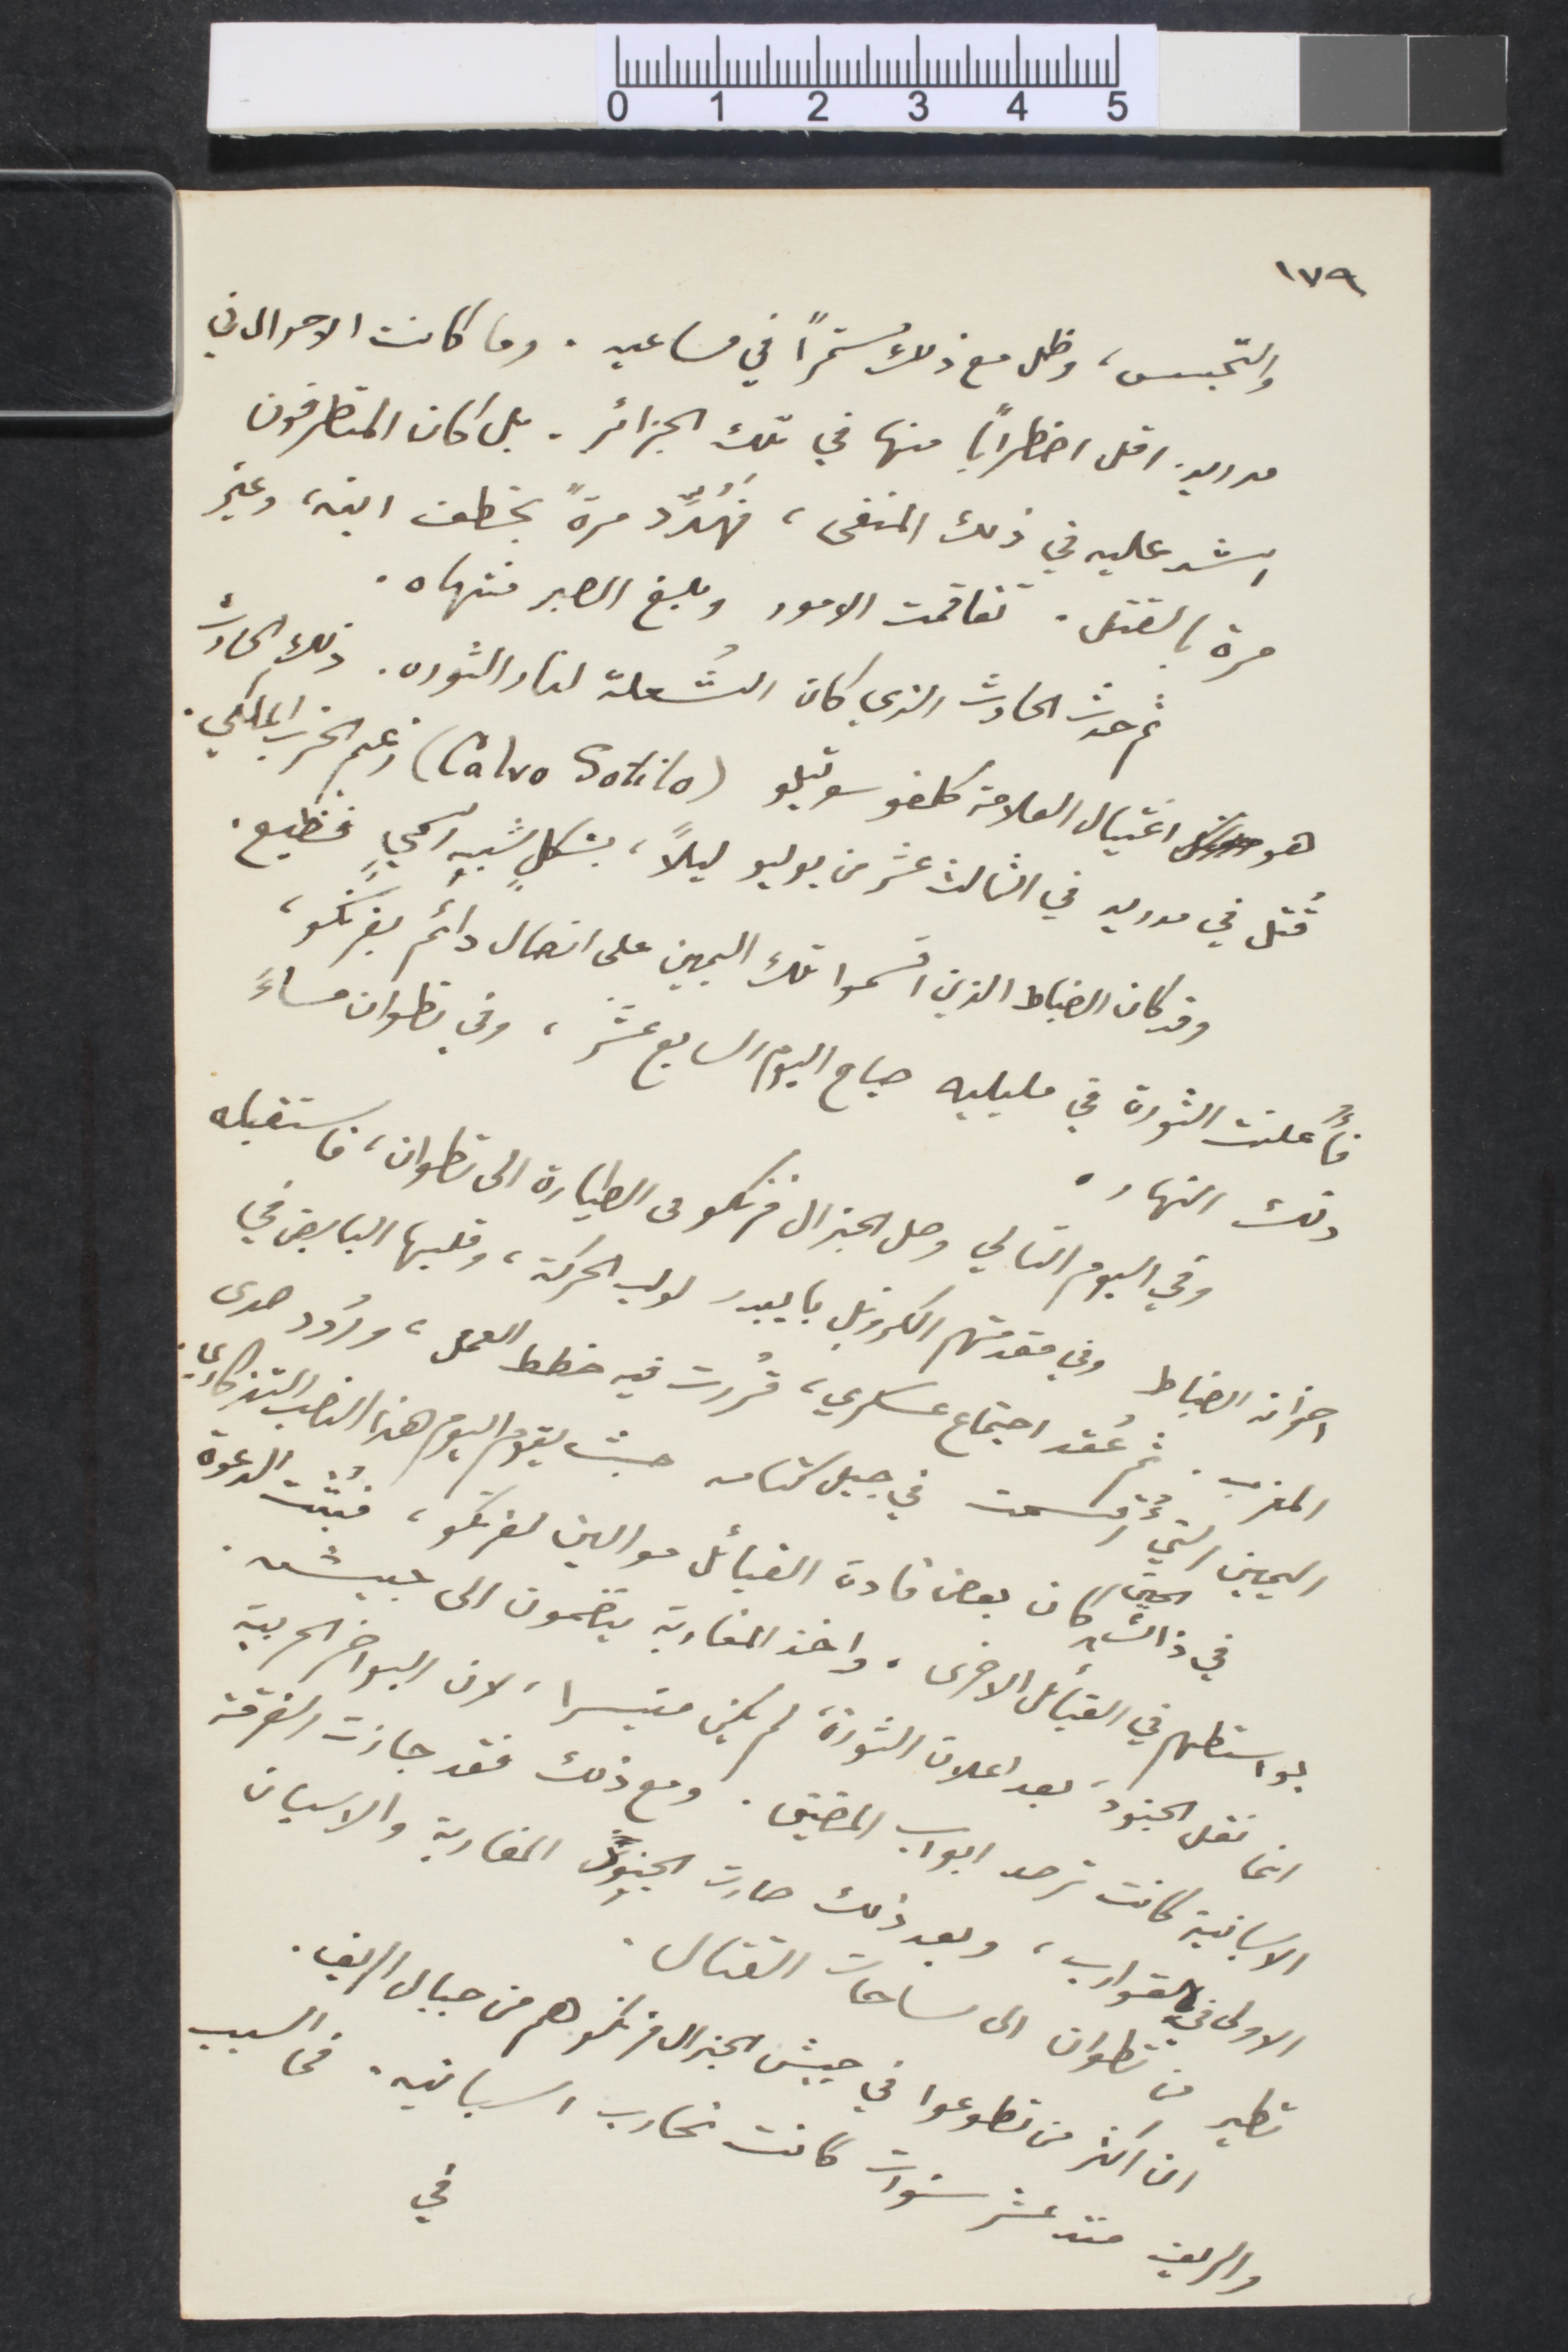
١٧٩
والتجسس، وطل مع ذلك مستمرًا في مساعيه. وما كانت الأحوال في
مدريد اقل اضطرابًا منها في تلك الجزائر. بل كان المتطرفون
اشد عليه في ذلك المنفى، فهُدّد مرةً بخطف ابنه، وغير
مرة بالقتل. تقاقمت الامور وبلغ الصبر منتهاه.
ثم حدث الحادث الذي كان الشعلة لنار الثورة. وذلك الحادث
هو اغتيال العلامة كلفو سوتيلو (Calvo Sotilo) زعيم الحزب الملكي
قتل في مدريد في الثالث عشر من يوليو ليلًا، بشكل شبه اسمي فظيع.
وقد كان الضباط الذين اقسموا تلك اليمين على اتصال دائم بفرنكو،
فأُعلنت الثورة في مليليه صباح اليوم السابع عشر، وفي تطوان مساءً
ذلك النهار.
وفي اليوم التالي وصل الجنرال فرنكو في الطيارة إلى تطوان، فاستقبله
اخوانه الضباط وفي مقدمتهم الكروينل بايبدر لولب الحركة، وقلبها النابض في
المغرب. ثمّ عُقد اجتماع عسكري، قُررت فيه خطط العمل، ردود صدى
اليمين التي أُقسمت في جبل كنامه  من حيث يقوم اليوم هذا النصب التذكاري
في ذلك الحين، كان بعض قادة القبائل موالين لفرنكو، فبُتت الدعوة
بواستطهم في القبائل الأخرى. واخذ المغاربة ينضمون الى جيشه.
انما نقل الجنود، بعد اعلان الثورة، لم يكن متيسرا، لأن اللواخر الحربية
الأسبانية كانت ترصد ابوآب المضيق. ومع ذلك فقد جازت الفرقة
الأولى في القوارب، وبعد ذلك صارت الجنود المغاربة والاسبان
تطير من تطوان الى ساحات القنال
ان أكثر من تطوعوا في جيش الجنرال فرنكو هم من جبال الريف.
في
والريف منذ عشر سنوات كانت تحارب اسبانيه. في السبب